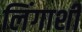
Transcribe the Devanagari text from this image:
लिंगाशी